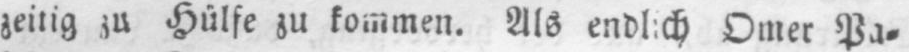
Als endlich Omer Pa⸗